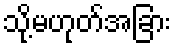
သို့မဟုတ်အခြား